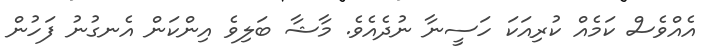
އެއްވެސް ކަމެއް ކުރިއަކަ ހަސީނާ ނުދެއެވެ. މާޝާ ބަލިވެ އިންކަން އެނގުނު ފަހުން